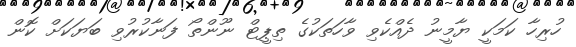
ހުރިހާ ކަމަކީ ޔާމީނު ދެއްކެވި ވާހަތަކުގެ ތިޕީޓް ނޫންތޯ ފަނާކުރުވި ބަޔަކަށް ކޮން